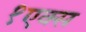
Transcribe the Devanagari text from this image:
१एक्स